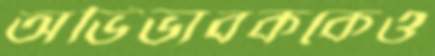
অভিভাবককেও